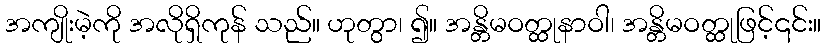
အကျိုးမဲ့ကို အလိုရှိကုန် သည်။ ဟုတွာ၊ ၍။ အန္တိမဝတ္ထုနာဝါ၊ အန္တိမဝတ္ထုဖြင့်၎င်း။